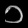
Digit: ၁